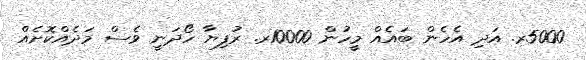
5000ރ. އަދި އެހެން ބައެއް މީހުން 10000ރ. ރުފިޔާ ހޯދަނީ ވެސް މަދެއްކޮށެއް